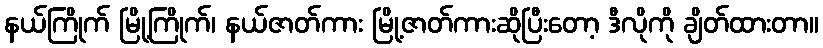
နယ်ကြိုက် မြို့ကြိုက်၊ နယ်ဇာတ်ကား မြို့ဇာတ်ကားဆိုပြီးတော့ ဒီလိုကို ချိတ်ထားတာ။